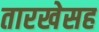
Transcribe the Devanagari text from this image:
तारखेसह